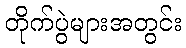
တိုက်ပွဲများအတွင်း